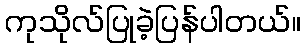
ကုသိုလ်ပြုခဲ့ပြန်ပါတယ်။